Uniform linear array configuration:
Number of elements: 64
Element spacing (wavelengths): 0.5
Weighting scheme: blackman
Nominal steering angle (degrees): -15
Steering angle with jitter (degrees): -16.178
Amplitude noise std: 0.05
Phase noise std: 0.05

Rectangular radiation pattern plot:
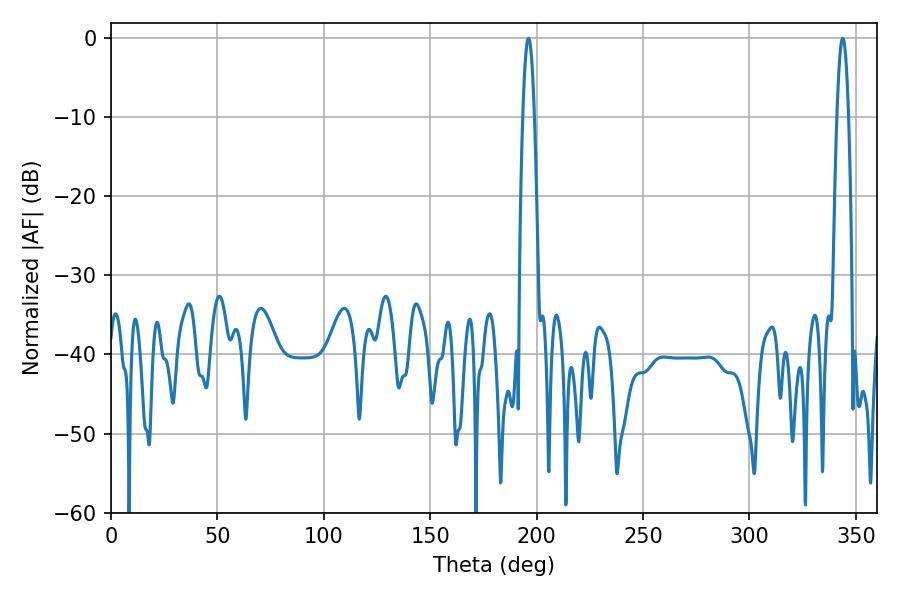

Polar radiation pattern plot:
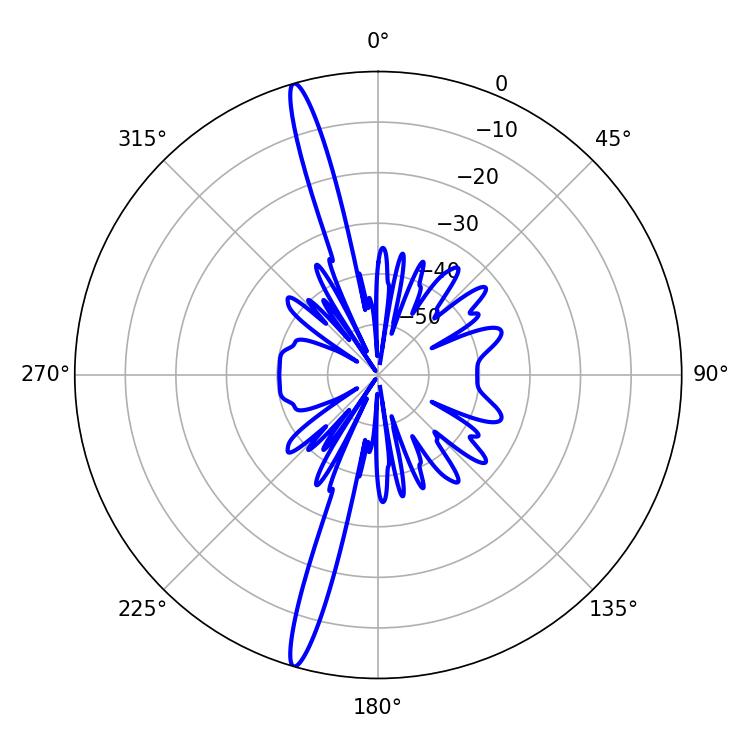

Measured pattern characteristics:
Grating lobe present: FALSE
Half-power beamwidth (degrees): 2.88
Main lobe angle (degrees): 343.8